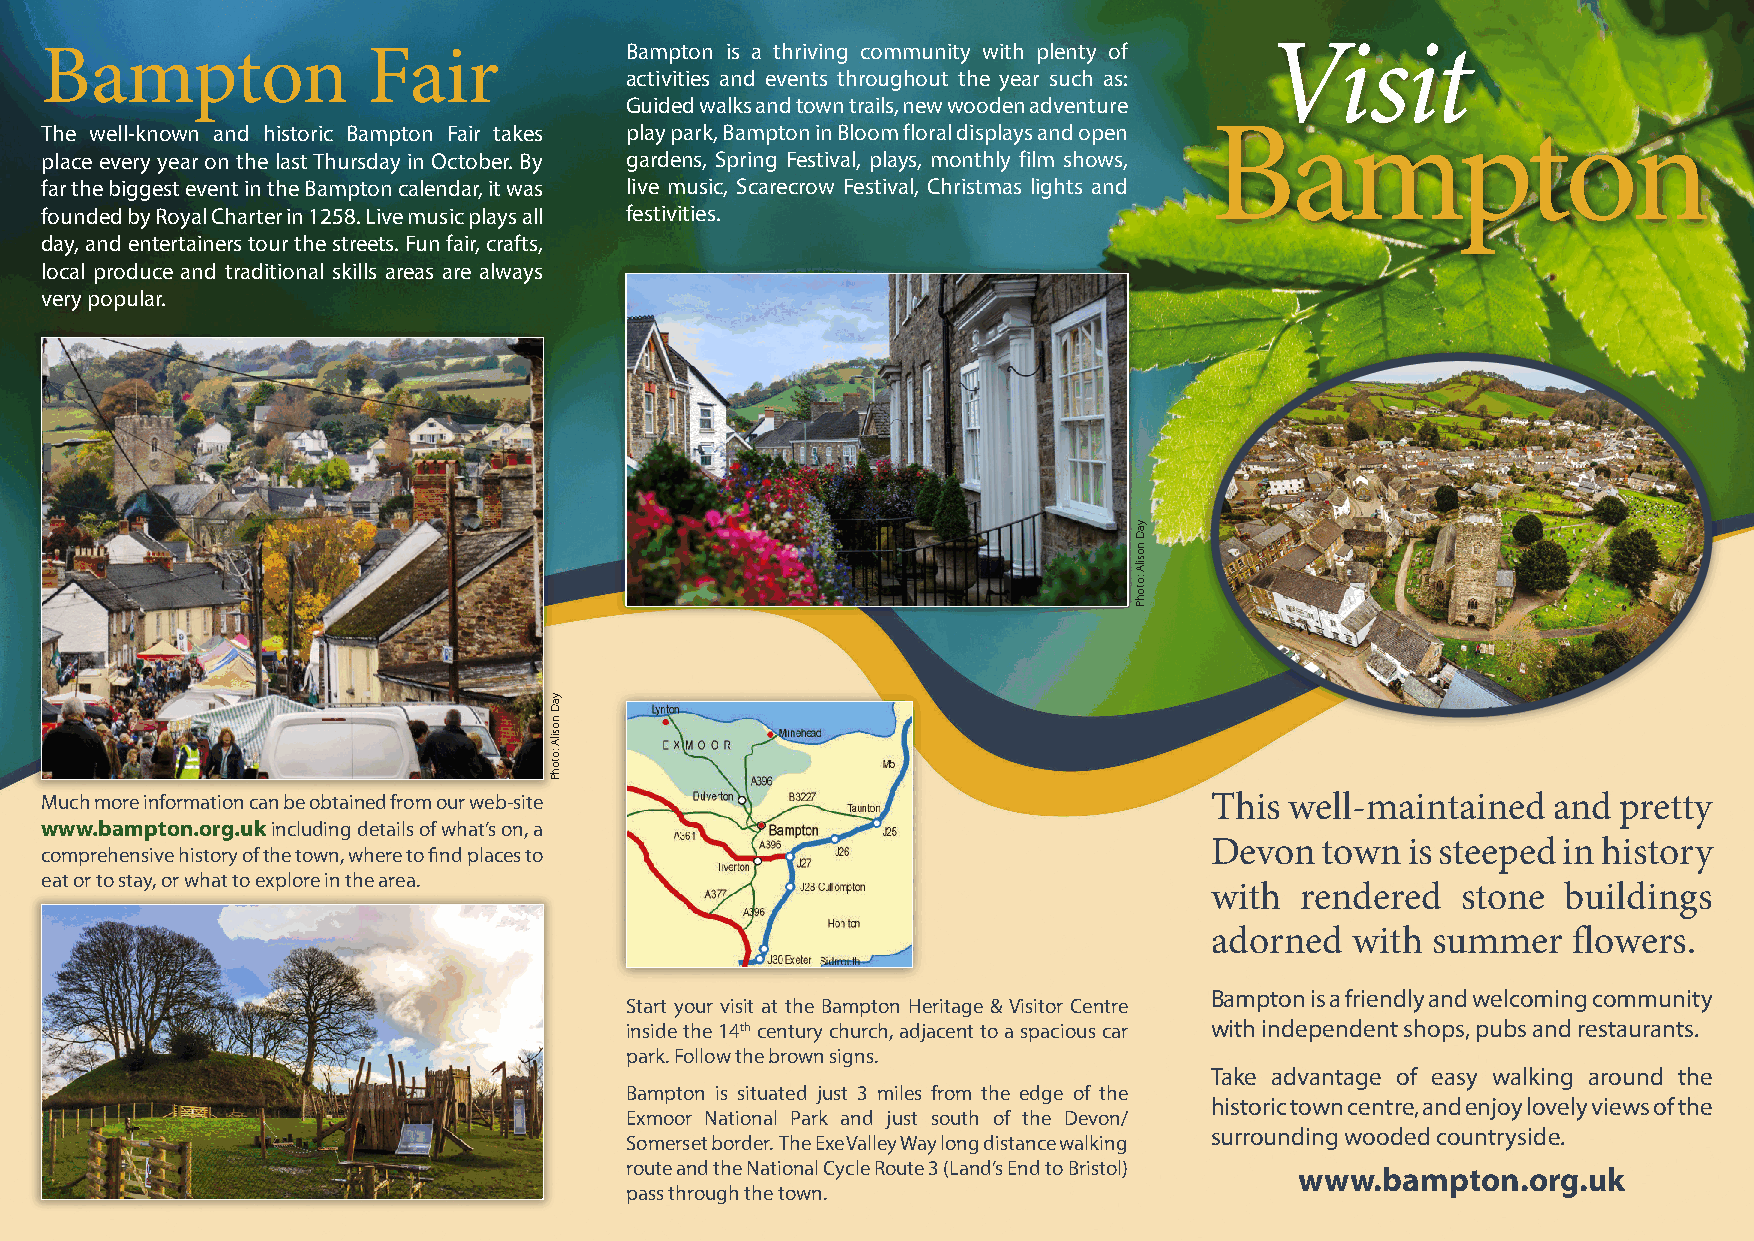
Visit Bampton 2015 6pp DL FINAL:Layout 1 27/04/2015 19:27 Page 1
 Bampton              Fair             Bampton is a thriving community with plenty of Visit
 activities and events throughout the year such as:
 Guided walks and town trails, new wooden adventure
 The well-known and historic Bampton Fair takes play park, Bampton in Bloom floral displays and open Bampton
 place every year on the last Thursday in October. By gardens, Spring Festival, plays, monthly film shows,
 far the biggest event in the Bampton calendar, it was live music, Scarecrow Festival, Christmas lights and
 founded by Royal Charter in 1258. Live music plays all festivities.
 day, and entertainers tour the streets. Fun fair, crafts,
 local produce and traditional skills areas are always
 very popular.
 Much more information can be obtained from our web-site                      This well-maintained   and pretty
 www.bampton.org.ukincluding details of what’s on, a
 Devon   town is steeped in history
 comprehensive history of the town, where to find places to
 eat or to stay, or what to explore in the area.
 with  rendered   stone  buildings
 adorned   with summer   flowers.
 Bampton is a friendly and welcoming community
 Start your visit at the Bampton Heritage & Visitor Centre
 inside the 14th century church, adjacent to a spacious car with independent shops, pubs and restaurants.
 park. Follow the brown signs.
 Take advantage of easy walking around the
 Bampton is situated just 3 miles from the edge of the
 historic town centre, and enjoy lovely views of the
 Exmoor National Park and just south of the Devon/
 surrounding wooded countryside.
 Somerset border. The Exe Valley Way long distance walking
 route and the National Cycle Route 3 (Land’s End to Bristol)
 www.bampton.org.uk
 pass through the town.
 yaD
 nosilA
 :otohP
 yaD
 nosilA
 :otohP